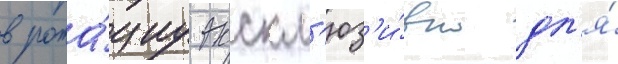
в рота́циу экскл'юз'и́вно дл'я́